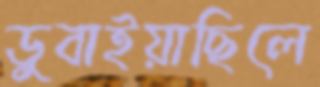
ডুবাইয়াছিলে